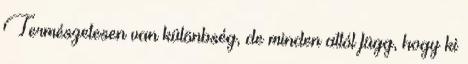
Természetesen van különbség, de minden attól függ, hogy ki